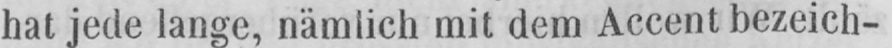
hat jede lange, nämlich mit dem Accent bezeich-